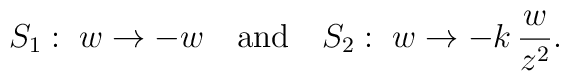
S_1:\;w\to -w\quad\mbox{and}\quad S_2:\;w\to -k\,{w\over z^2}.